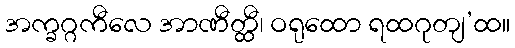
အက္ခဂ္ဂကီလေ အာဏီတ္ထီ၊ ဝရုထော ရထဂုတျ’ထ။